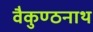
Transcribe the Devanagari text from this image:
वैकुण्ठनाथ